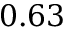
0 . 6 3